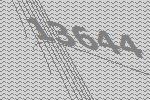
13644